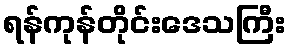
ရန်ကုန်တိုင်းဒေသကြီး